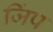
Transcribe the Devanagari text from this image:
जिंप